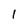
Character: 1